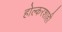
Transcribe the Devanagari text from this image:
होल्करशाही